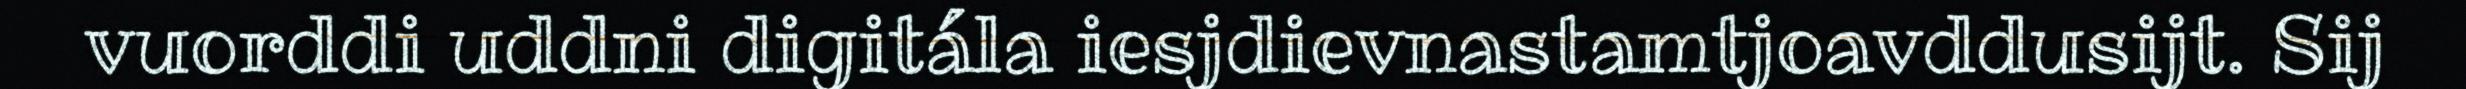
vuorddi uddni digitála iesjdievnastamtjoavddusijt. Sij